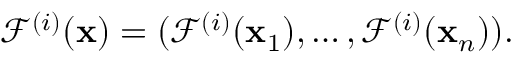
\mathcal F ^ { ( i ) } ( \ensuremath { \mathbf { x } } ) = ( \mathcal F ^ { ( i ) } ( \ensuremath { \mathbf { x } } _ { 1 } ) , \dots , \mathcal F ^ { ( i ) } ( \ensuremath { \mathbf { x } } _ { n } ) ) .